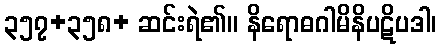
၃၅၇+၃၅၈+ ဆင်းရဲ၏။ နိရောဓဂါမိနိပဋိပဒါ၊